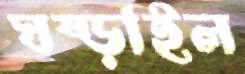
ঘষ্‌ড়াইল